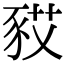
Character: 𧰿